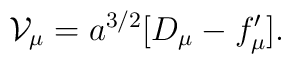
{\cal V}_{\mu} = a^{3/2}[ D_{\mu} - f_{\mu}'].